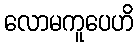
လောမကူပေဟိ